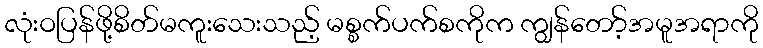
လုံးဝပြန်ဖို့စိတ်မကူးသေးသည့် မစ္စက်ပက်စကိုက ကျွန်တော့်အမူအရာကို